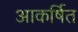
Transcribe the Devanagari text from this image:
आकर्षित